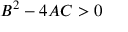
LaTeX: B ^ { 2 } - 4 A C > 0